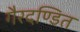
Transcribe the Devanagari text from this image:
गैरदण्डित